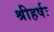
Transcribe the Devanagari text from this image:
श्रीहर्षः